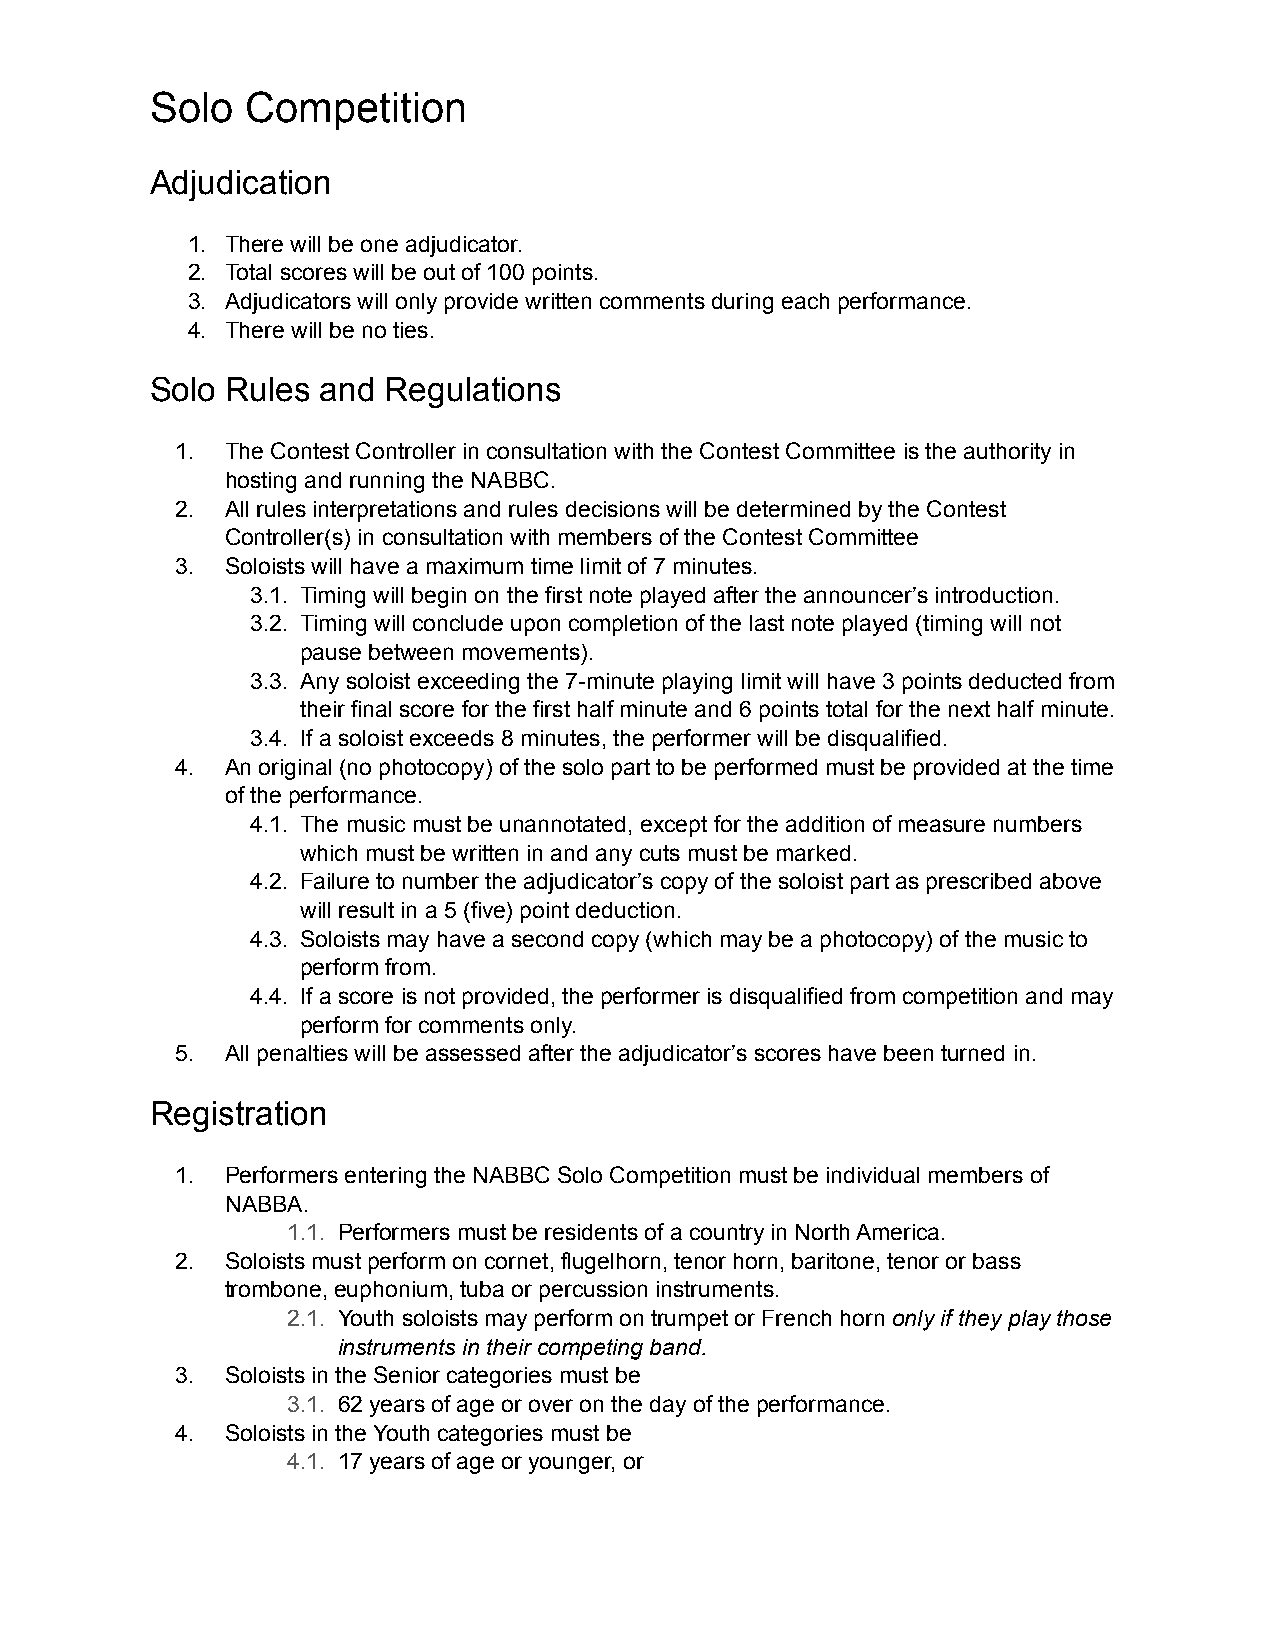
Solo  Competition
 Adjudication
 1. There will be one adjudicator.
 2. Total scores will be out of 100 points.
 3. Adjudicators will only provide written comments during each performance.
 4. There will be no ties.
 Solo Rules and  Regulations
 1. The Contest Controller in consultation with the Contest Committee is the authority in
 hosting and running the NABBC.
 2. All rules interpretations and rules decisions will be determined by the Contest
 Controller(s) in consultation with members of the Contest Committee
 3. Soloists will have a maximum time limit of 7 minutes.
 3.1. Timing will begin on the first note played after the announcer’s introduction.
 3.2. Timing will conclude upon completion of the last note played (timing will not
 pause between movements).
 3.3. Any soloist exceeding the 7-minute playing limit will have 3 points deducted from
 their final score for the first half minute and 6 points total for the next half minute.
 3.4. If a soloist exceeds 8 minutes, the performer will be disqualified.
 4. An original (no photocopy) of the solo part to be performed must be provided at the time
 of the performance.
 4.1. The music must be unannotated, except for the addition of measure numbers
 which must be written in and any cuts must be marked.
 4.2. Failure to number the adjudicator’s copy of the soloist part as prescribed above
 will result in a 5 (five) point deduction.
 4.3. Soloists may have a second copy (which may be a photocopy) of the music to
 perform from.
 4.4. If a score is not provided, the performer is disqualified from competition and may
 perform for comments only.
 5. All penalties will be assessed after the adjudicator’s scores have been turned in.
 Registration
 1. Performers entering the NABBC Solo Competition must be individual members of
 NABBA.
 1.1. Performers must be residents of a country in North America.
 2. Soloists must perform on cornet, flugelhorn, tenor horn, baritone, tenor or bass
 trombone, euphonium, tuba or percussion instruments.
 2.1. Youth soloists may perform on trumpet or French horn only if they play those
 instruments in their competing band.
 3. Soloists in the Senior categories must be
 3.1. 62 years of age or over on the day of the performance.
 4. Soloists in the Youth categories must be
 4.1. 17 years of age or younger, or